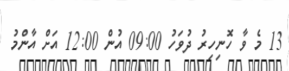
13 މެ ވާ ހޮނިހިރު ދުވަހު 09:00 އުން 12:00 އަށް އާންމު